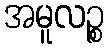
အမူလဉ္စ